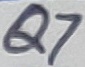
Text: Q7